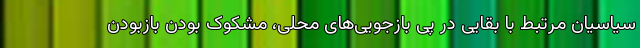
سیاسیانِ مرتبط با بقایی در پیِ بازجویی‌های محلی، مشکوک بودنِ بازبودن